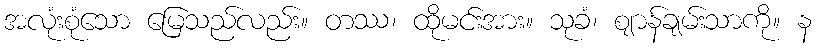
အလုံးစုံသော မြေသည်လည်း။ တဿ၊ ထိုမင်းအား။ သုခံ၊ ဈာန်ချမ်းသာကို။ န